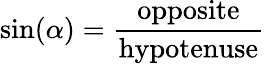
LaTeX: \sin(\alpha)={\frac{\textrm{opposite}}{\textrm{hypotenuse}}}